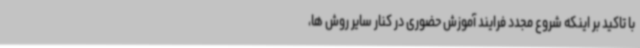
با تاکید بر اینکه شروع مجدد فرایند آموزش حضوری در کنار سایر روش ها،